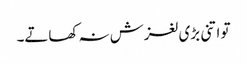
تو اتنی بڑی لغزش نہ کھاتے۔